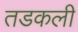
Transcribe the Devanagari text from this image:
तडकली